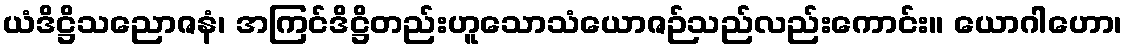
ယံဒိဋ္ဌိသညောဇနံ၊ အကြင်ဒိဋ္ဌိတည်းဟူသောသံယောဇဉ်သည်လည်းကောင်း။ ယောဂါဟော၊